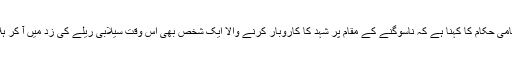
جرمنی میں سیلاب سے 10 افراد جبکہ رومانیہ میں دو افراد ہلاک ہو چکے ہیں جبکہ بیلجیم میں مقامی حکام کا کہنا ہے کہ ناسوگنے کے مقام پر شہد کا کاروبار کرنے والا ایک شخص بھی اس وقت سیلابی ریلے کی زد میں آ کر ہلاک ہوا، جب وہ شہد کی مکھیوں کے چھتوں کو محفوظ مقام پر منتقل کرنے کی کوشش کر رہا تھا۔